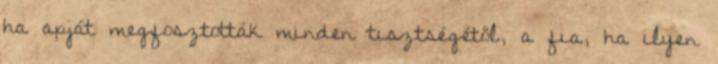
ha apját megfosztották minden tisztségétől, a fia, ha ilyen